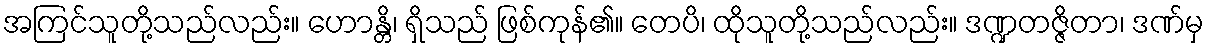
အကြင်သူတို့သည်လည်း။ ဟောန္တိ၊ ရှိသည် ဖြစ်ကုန်၏။ တေပိ၊ ထိုသူတို့သည်လည်း။ ဒဏ္ဍတဇ္ဇိတာ၊ ဒဏ်မှ